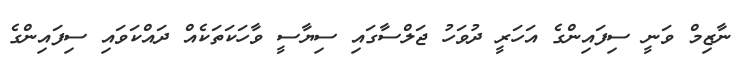
ނާޒިމް ވަނީ ސިފައިންގެ އަހަރީ ދުވަހު ޖަލްސާގައި ސިޔާސީ ވާހަކަތަކެއް ދައްކަވައި ސިފައިންގެ